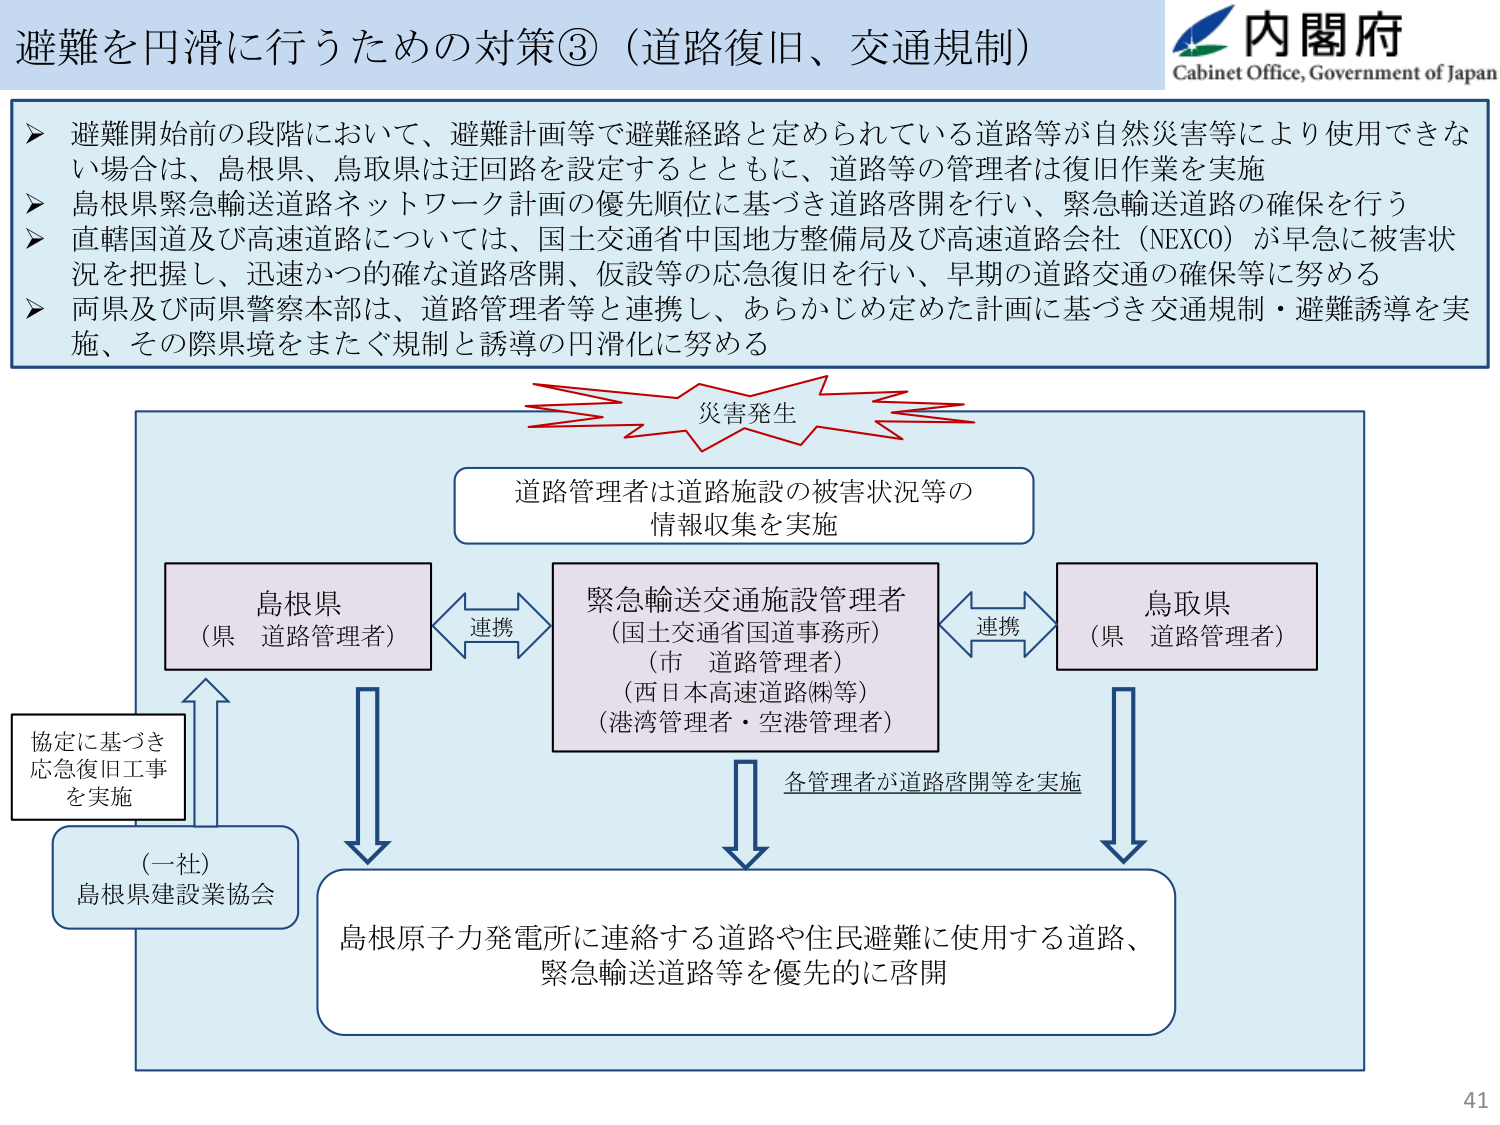
避難を円滑に行うための対策③（道路復旧、交通規制）

内閣府
Cabinet Office, Government of Japan

➤ 避難開始前の段階において、避難計画等で避難経路と定められている道路等が自然災害等により使用できない場合は、島根県、鳥取県は迂回路を設定するとともに、道路等の管理者は復旧作業を実施
➤ 島根県緊急輸送道路ネットワーク計画の優先順位に基づき道路啓開を行い、緊急輸送道路の確保を行う
➤ 直轄国道及び高速道路については、国土交通省中国地方整備局及び高速道路会社（NEXCO）が早急に被害状況を把握し、迅速かつ的確な道路啓開、仮設等の応急復旧を行い、早期の道路交通の確保等に努める
➤ 両県及び両県警察本部は、道路管理者等と連携し、あらかじめ定めた計画に基づき交通規制・避難誘導を実施、その際県境をまたぐ規制と誘導の円滑化に努める

災害発生

道路管理者は道路施設の被害状況等の
情報収集を実施

島根県
（県 道路管理者）

連携

緊急輸送交通施設管理者
（国土交通省国道事務所）
（市 道路管理者）
（西日本高速道路㈱等）
（港湾管理者・空港管理者）

連携

鳥取県
（県 道路管理者）

各管理者が道路啓開等を実施

協定に基づき
応急復旧工事を実施

（一社）
島根県建設業協会

島根原子力発電所に連絡する道路や住民避難に使用する道路、
緊急輸送道路等を優先的に啓開

41